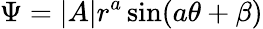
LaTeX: \Psi=|A|r^{a}\sin(a\theta+\beta)